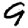
Digit: 9